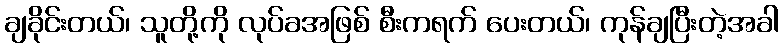
ချခိုင်းတယ်၊ သူတို့ကို လုပ်ခအဖြစ် စီးကရက် ပေးတယ်၊ ကုန်ချပြီးတဲ့အခါ